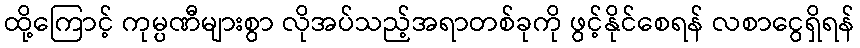
ထို့ကြောင့် ကုမ္ပဏီများစွာ လိုအပ်သည့်အရာတစ်ခုကို ဖွင့်နိုင်စေရန် လစာငွေရှိရန်